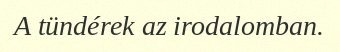
A tündérek az irodalomban.